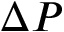
\Delta P